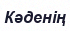
Кәденің